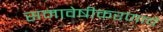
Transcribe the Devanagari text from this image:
समावेषीकरणाचे